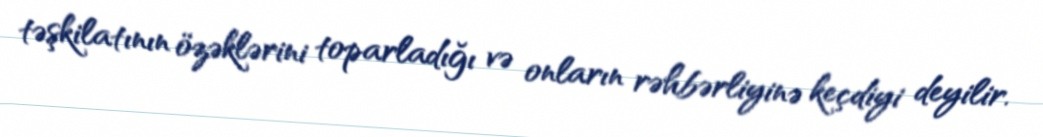
təşkilatının özəklərini toparladığı və onların rəhbərliyinə keçdiyi deyilir.